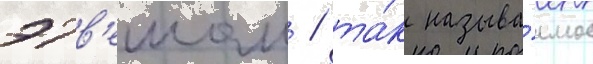
этв'ешом / та́к называ́емое